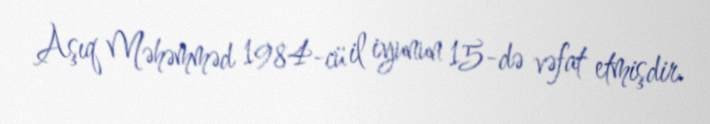
Aşıq Məhəmməd 1984-cü il iyunun 15-də vəfat etmişdir.